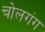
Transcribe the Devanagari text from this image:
चोलगंग